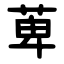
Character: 萆